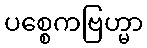
ပစ္စေကဗြဟ္မာ